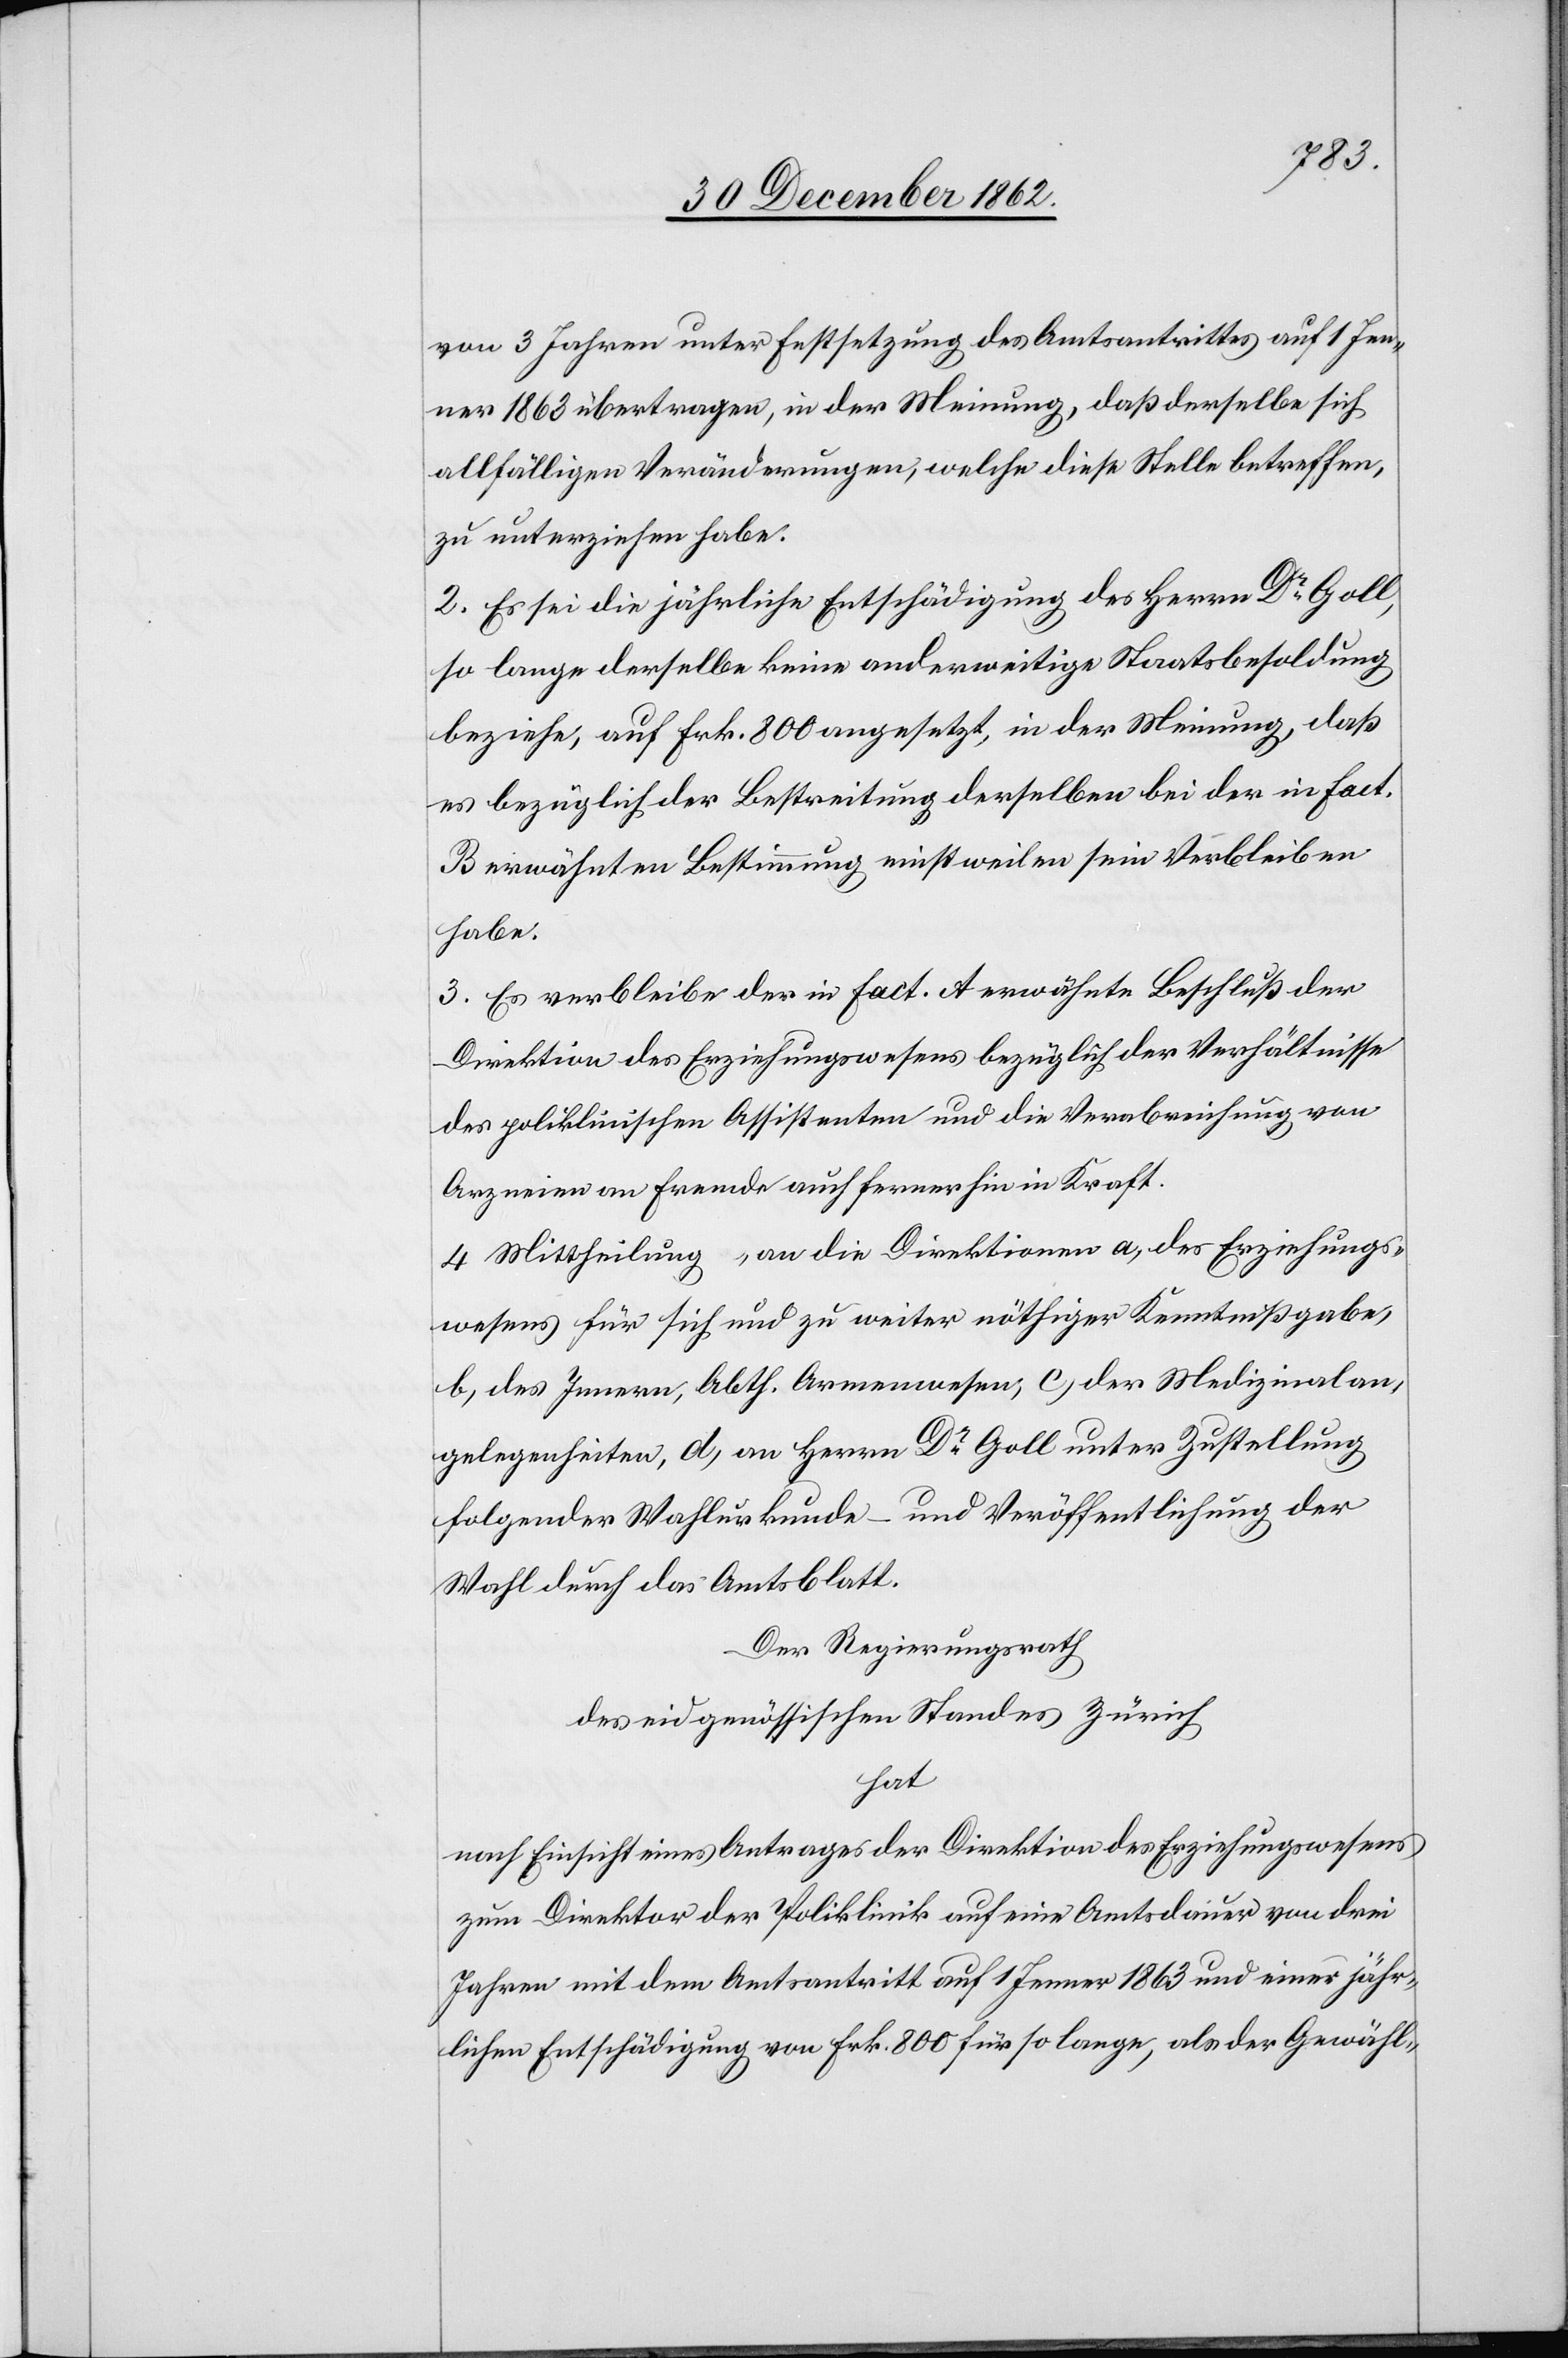
von 3 Jahren unter Festsetzung des Amtsantrittes auf 1. Jen¬
ner 1863 übertragen, in der Meinung, daß derselbe sich
allfälligen Veränderungen, welche diese Stelle betreffen,
zu unterziehen habe.
2. Es sei die jährliche Entschädigung des Herrn Dr Goll,
so lange derselbe keine anderweitige Staatsbesoldung
beziehe, auf Frk. 800 angesetzt, in der Meinung, daß
es bezüglich der Bestreitung derselben bei der in Fact.
B erwähnten Bestimmung einstweilen sein Verbleiben
habe.
3. Es verbleibe der in Fact. A erwähnte Beschluß der
Direktion des Erziehungswesens bezüglich der Verhältnisse
des poliklinischen Assistenten und die Verabreichung von
Arzneien an Fremde auch ferner hin in Kraft.
4. Mittheilung, an die Direktionen a) des Erziehungs¬
wesens für sich und zu weiter nöthiger Kenntnißgabe,
b) des Innern, Abth. Armenwesen, c) der Medizinalan¬
gelegenheiten, d) an Herrn Dr Goll unter Zustellung
folgender Wahlurkunde – und Veröffentlichung der
Wahl durch das Amtsblatt.
Der Regierungsrath
des eidgenössischen Standes Zürich
hat
nach Einsicht eines Antrages der Direktion des Erziehungswesens
zum Direktor der Poliklinik auf eine Amtsdauer von drei
Jahren mit dem Amtsantritt auf 1. Jenner 1863 und einer jähr¬
lichen Entschädigung von Frk. 800 für so lange, als der Gewähl-